Indian Medical Review
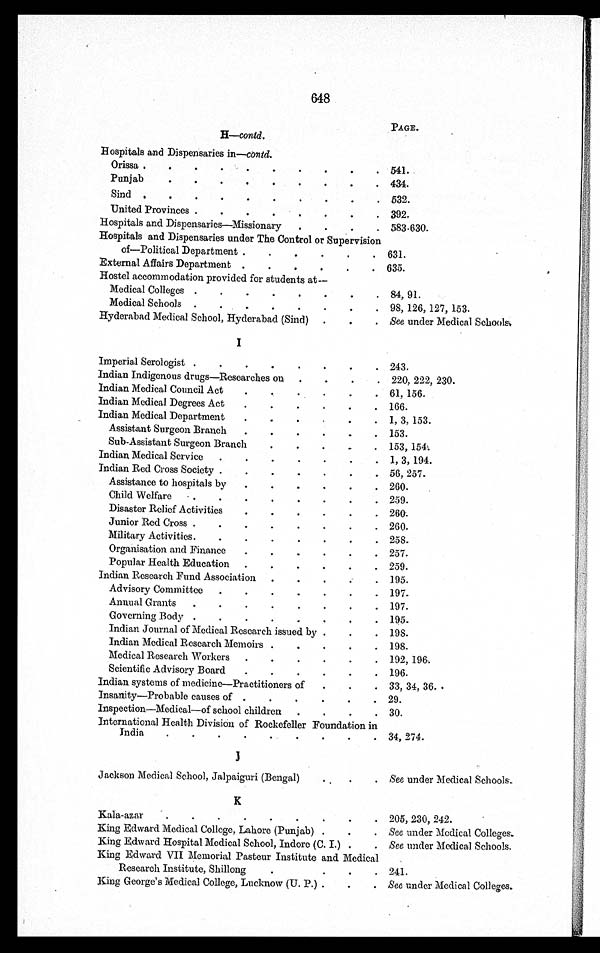
648
PAGE.
H—contd.
Hospitals and Dispensaries in—contd.
Orissa
541.
Punjab
434.
Sind
532.
United Provinces
392.
Hospitals and Dispensaries—Missionary
583-630.
Hospitals and Dispensaries under The Control or Supervision
of—Political Department
631.
External Affairs Department
635.
Hostel accommodation provided for students at
—
Medical Colleges
84, 91.
Medical Schools
98, 126, 127, 153.
Hyderabad Medical School, Hyderabad (Sind)
See under Medical Schools.
I
Imperial Serologist
243.
Indian Indigenous drugs—Researches on
220, 222, 230.
Indian Medical Council Act
61, 156.
Indian Medical Degrees Act
166.
Indian Medical Department
1, 3, 153.
Assistant Surgeon Branch
153.
Sub-Assistant Surgeon Branch
153, 154.
Indian Medical Service
1, 3, 194.
Indian Red Cross Society
56, 257.
Assistance to hospitals by
260.
Child Welfare
259.
Disaster Relief Activities
260.
Junior Red Cross
260.
Military Activities
258.
Organisation and Finance
257.
Popular Health Education
259.
Indian Research Fund Association
195.
Advisory Committee
197.
Annual Grants
197.
Governing Body
195.
Indian Journal of Medical Research issued by
198.
Indian Medical Research Memoirs
198.
Medical Research Workers
192, 196.
Scientific Advisory Board
196.
Indian systems of medicine—Practitioners of
33, 34, 36.
Insanity—Probable causes of
29.
Inspection—Medical—of school children
30.
International Health Division of Rockefeller Foundation in
India 34, 274.
J
Jackson Medical School, Jalpaiguri (Bengal)
See under Medical Schools.
K
Kala-azar
205, 230, 242.
King Edward Medical College, Lahore (Punjab)
See under Medical Colleges.
King Edward Hospital Medical School, Indore (C. I .)
See under Medical Schools.
King Edward VII Memorial Pasteur Institute and Medical
Research Institute, Shillong
241.
King George's Medical College, Lucknow (U. P.)
See under Medical Colleges.